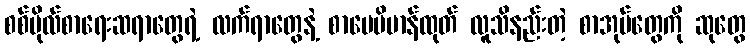
စစ်ဗိုလ်စာရေးဆရာတွေရဲ့ လက်ရာတွေနဲ့ စာပေဗိမာန်ထုတ် လူသိနည်းတဲ့ စာအုပ်တွေကို ဆုတွေ